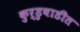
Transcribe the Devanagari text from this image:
कुर्डुवाडीत